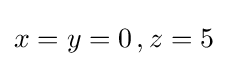
x=y=0\,,z=5